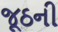
જૂઠની